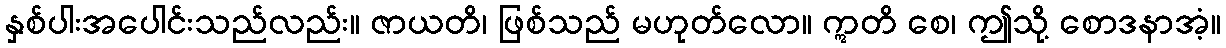
နှစ်ပါးအပေါင်းသည်လည်း။ ဇာယတိ၊ ဖြစ်သည် မဟုတ်လော။ ဣတိ စေ၊ ဤသို့ စောဒနာအံ့။